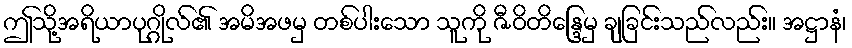
ဤသို့အရိယာပုဂ္ဂိုလ်၏ အမိအဖမှ တစ်ပါးသော သူကို ဇီဝိတိန္ဒြေမှ ချခြင်းသည်လည်း။ အဋ္ဌာနံ၊